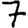
Digit: 7